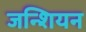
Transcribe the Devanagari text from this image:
जन्शियन